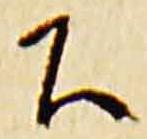
下